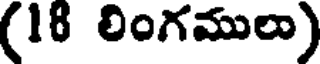
(16 లింగములు)